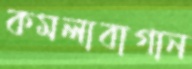
কমলাবাগান